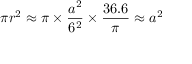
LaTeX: { \pi } r ^ { 2 } \approx \pi \times { \frac { a ^ { 2 } } { 6 ^ { 2 } } } \times { \frac { 3 6 . 6 } { \pi } } \approx a ^ { 2 }